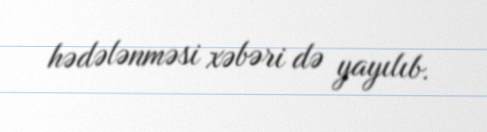
hədələnməsi xəbəri də yayılıb.